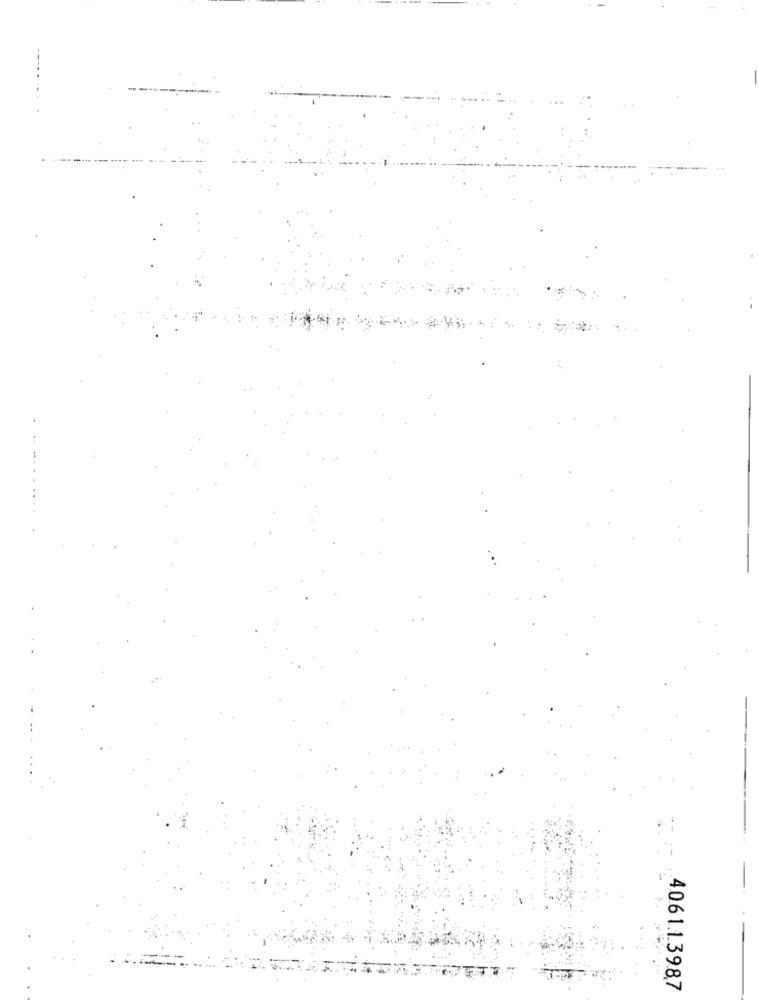
--
4061.1.39.87